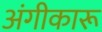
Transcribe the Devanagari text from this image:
अंगीकारू